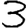
Digit: 3